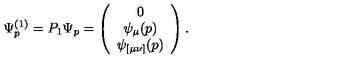
\Psi _ { p } ^ { ( 1 ) } = P _ { 1 } \Psi _ { p } = \left( \begin{array} { c } { 0 } \\ { \psi _ { \mu } ( p ) } \\ { \psi _ { [ \mu \nu ] } ( p ) } \\ \end{array} \right) .